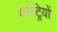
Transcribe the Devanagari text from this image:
कमेंट्रियों